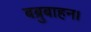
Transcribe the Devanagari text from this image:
बब्रुबाहन।